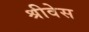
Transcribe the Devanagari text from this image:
श्रीवेस